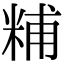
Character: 䊇